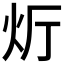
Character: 𮳞